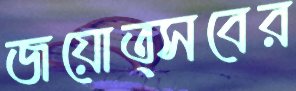
জয়োত্সবের